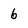
Character: 6